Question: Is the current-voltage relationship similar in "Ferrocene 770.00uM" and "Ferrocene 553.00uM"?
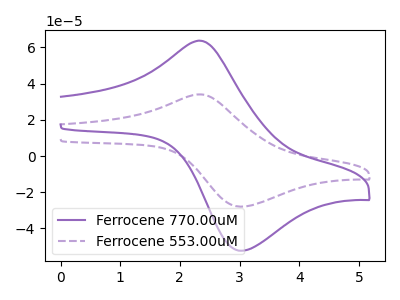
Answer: <think>The purple curve "Ferrocene 770.00uM" has an anodic peak at (2.35V, 63.70uA) and a cathodic peak at (3.05V, -52.30uA). The purple dashed curve "Ferrocene 553.00uM" has an anodic peak at (2.35V, 34.05uA) and a cathodic peak at (3.05V, -27.95uA).
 All the peaks in "Ferrocene 770.00uM" have a peak in "Ferrocene 553.00uM" at the same potential. Every peak in "Ferrocene 770.00uM" is higher than every peak in "Ferrocene 553.00uM".</think>
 <answer>"Ferrocene 770.00uM" and "Ferrocene 553.00uM" are similar in shape.</answer>
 <eval>same_shape</eval>